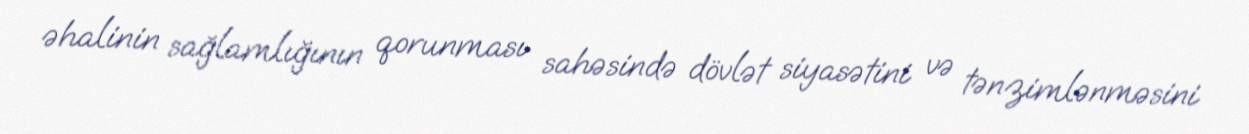
əhalinin sağlamlığının qorunması sahəsində dövlət siyasətini və tənzimlənməsini